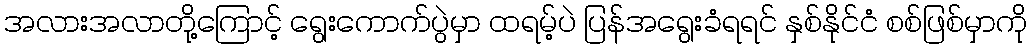
အလားအလာတို့ကြောင့် ရွေးကောက်ပွဲမှာ ထရမ့်ပဲ ပြန်အရွေးခံရရင် နှစ်နိုင်ငံ စစ်ဖြစ်မှာကို